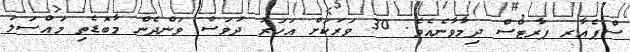
ސްޕެއާރ ޕާރޓްސް ދިމާވާނެއެވެ. 30 ވަރަކަށް އަހަރު ދުވަސް ވަންދެން މާބޮޑެތި މައްސަލަ